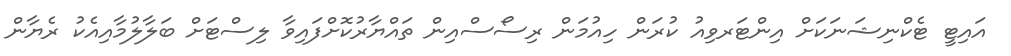
އައިޓީ ޓެކްނިޝަނަކަށް އިންޓަރވިއު ކުރަން ހިއުމަން ރިސޯސްއިން ތައްޔާރުކޮށްފައިވާ ލިސްޓަށް ބަލާލުމާއިއެކު ރެޔާން